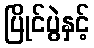
ပြိုင်ပွဲနှင့်